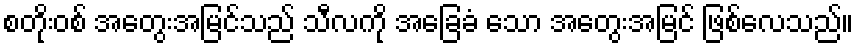
စတိုးဝစ် အတွေးအမြင်သည် သီလကို အခြေခံ သော အတွေးအမြင် ဖြစ်လေသည်။